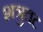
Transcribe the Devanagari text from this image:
शत्रुतट